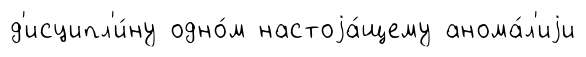
д'исципл'и́ну одно́м настоjа́щему анома́л'иjи